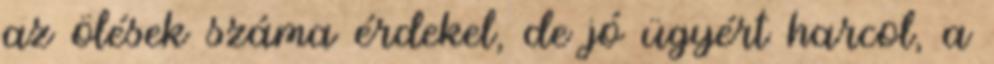
az ölések száma érdekel, de jó ügyért harcol, a